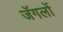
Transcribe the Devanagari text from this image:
जॅगलों